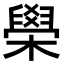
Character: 𦦗